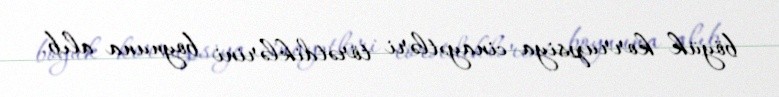
böyük korrupsiya cinayətləri törətdiklərini boynuna alıb.